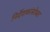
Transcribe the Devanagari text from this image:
निर्देशकांसोबत